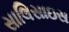
સાલિસાઇસ